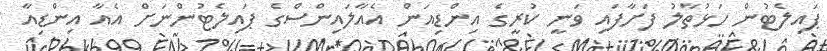
ޕައިލެޓުން ހަޅުތާލު ފަށާފައި ވަނީ ކުރީގެ އިންޑިއަން އެއާލައިންސްގެ ޕައިލެޓުންނަށް އެއާ އިންޑިއާ